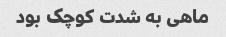
ماهی به شدت کوچک بود